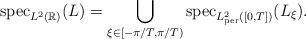
\begin{align*}{\rm spec}_{L^2(\mathbb{R})}(L)=\bigcup_{\xi\in[-\pi/T,\pi/T)}{\rm spec}_{L^2_{\rm per}([0,T])}(L_\xi).\end{align*}